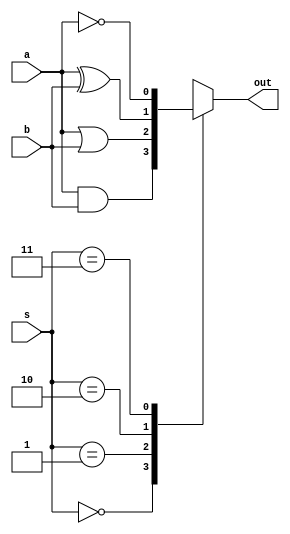
/*
-Prctica 01 Estructura de Computadores
-Objetivo: Realizar una ALU de 4 bits capaz de realizar sumas y restas en C2 
y generar los bits de flags asociados, as como varias operaciones lgicas
-Alumno: Cheuk Kelly Ng Pante
-Correo: alu0101364544@ull.edu.es
-Curso 2020-2021
-Compilacion (para la modificacion): iverilog -o Practica01_mod alu_tb.v ALU.v cal.v compl1.v mux2_1.v mux2_4.v cl_modificacion.v fa.v
-Simulacin: vvp Practica01_mod
*/

// === OBJETIVO 2 ===

//MODIFICACION - Crear el modulo del mux4_1 en este modulo, no instanciar

// Modulo de la Celda logica
module cl(output reg out, input wire a, b, input wire [1:0] s);
    //wire sa, so, sx, sn; 

    //Creamos las puertas logicas
    /*
    and and1 (sa, a, b);
    or or1  (so, a, b);
    xor xor1 (sx, a, b);
    not not1 (sn, a);
    */

    //Instanciamos el mux4_1 al modulo de la celda logica
    //mux4_1 mux1 (out, sa, so, sx, sn, s);

    //MODIFICACION 
    always @(a,b)
    begin
        case(s)
        2'b00 : out = a & b;   
        2'b01 : out = a | b;
        2'b10 : out = a ^ b;
        2'b11 : out = ~a;
        default out = 'bx;
        endcase
    end

endmodule